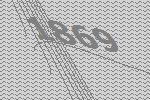
1869